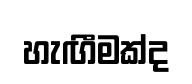
හැඟීමක්ද